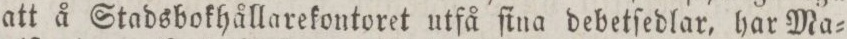
att å Stadsbokhållarekontoret utfå ſina debetſedlar, har Ma=